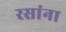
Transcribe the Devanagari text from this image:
रसांना